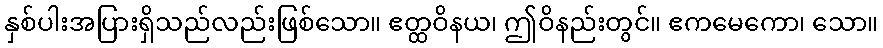
နှစ်ပါးအပြားရှိသည်လည်းဖြစ်သော။ ဧတ္ထဝိနယ၊ ဤဝိနည်းတွင်။ ဧကမေကော၊ သော။